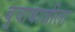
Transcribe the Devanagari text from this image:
बुवाबाजीला